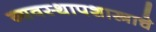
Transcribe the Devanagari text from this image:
व्यवस्थापशास्त्राचे